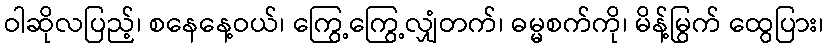
ဝါဆိုလပြည့်၊ စနေနေ့ဝယ်၊ ကြွေ့ကြွေ့လျှံတက်၊ ဓမ္မစက်ကို၊ မိန့်မြွက် ထွေပြား၊